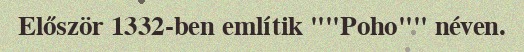
Először 1332-ben említik ""Poho"" néven.